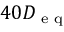
4 0 D _ { \textup { e q } }